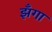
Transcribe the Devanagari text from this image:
झँगा